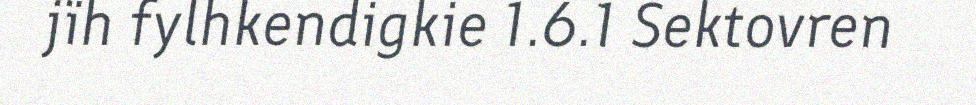
jïh fylhkendigkie 1.6.1 Sektovren